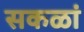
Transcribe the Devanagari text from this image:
सकळां